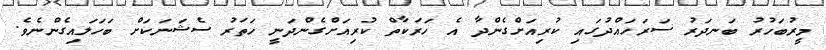
މީރުބަހުރު ބަނދަރު ސަރަހައްދުގައި ކުރިއަށްގެންދާ އެ ހަރަކާތް ކުރިއަށްގެންދަނީ ހަތަރު ސެޝަނަކަށް ބަހަލައިގެންނެވެ.